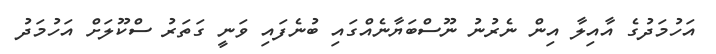
އަހުމަދުގެ އާއިލާ އިން ނެރުނު ނޫސްބަޔާނެއްގައި ބުނެފައި ވަނީ ގަތަރު ސްކޫލަށް އަހުމަދު